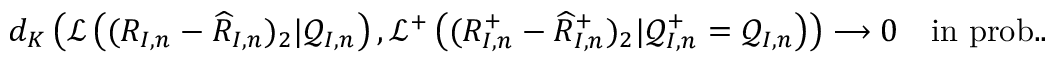
\begin{array} { r } { d _ { K } \left( \mathcal { L } \left( ( R _ { I , n } - \widehat { R } _ { I , n } ) _ { 2 } | \mathcal { Q } _ { I , n } \right) , \mathcal { L } ^ { + } \left( ( R _ { I , n } ^ { + } - \widehat { R } _ { I , n } ^ { + } ) _ { 2 } | \mathcal { Q } _ { I , n } ^ { + } = \mathcal { Q } _ { I , n } \right) \right) \longrightarrow 0 \quad \mathrm { i n ~ p r o b . . } } \end{array}